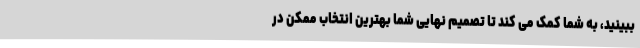
ببینید، به شما کمک می کند تا تصمیم نهایی شما بهترین انتخاب ممکن در